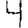
Digit: 4